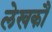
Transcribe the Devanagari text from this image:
लेखकौं